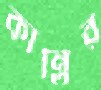
কান্তির